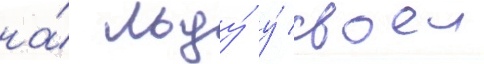
на́ льду́ у́ своеи